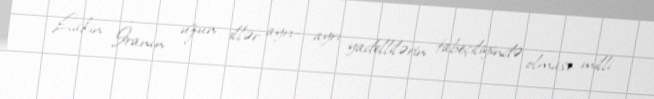
Lakin İranın uzun illər ayrı- ayrı yadellilərin tabeçiliyində olması milli